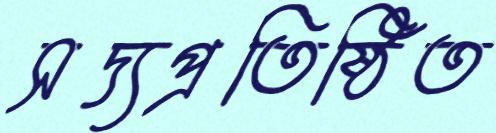
সদ্যপ্রতিষ্ঠিত